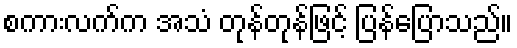
စကားလက်က အသံ တုန်တုန်ဖြင့် ပြန်ပြောသည်။